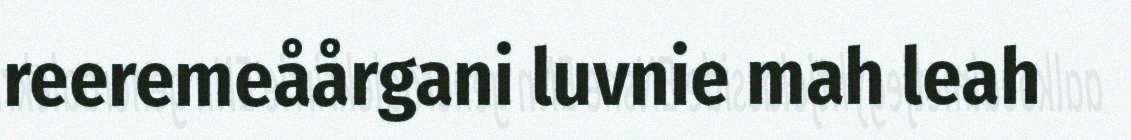
reeremeåårgani luvnie mah leah